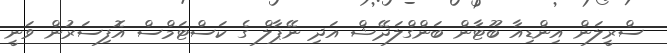
ސްރީލަން އިންޑިއާ ބޫޓާން ބަންގްލަދޭޝް އަދި ނޭޕާލް ގެ ކަސްޓަމްސް އޮފިސަރުން ވަނީ